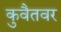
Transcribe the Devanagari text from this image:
कुवैतवर